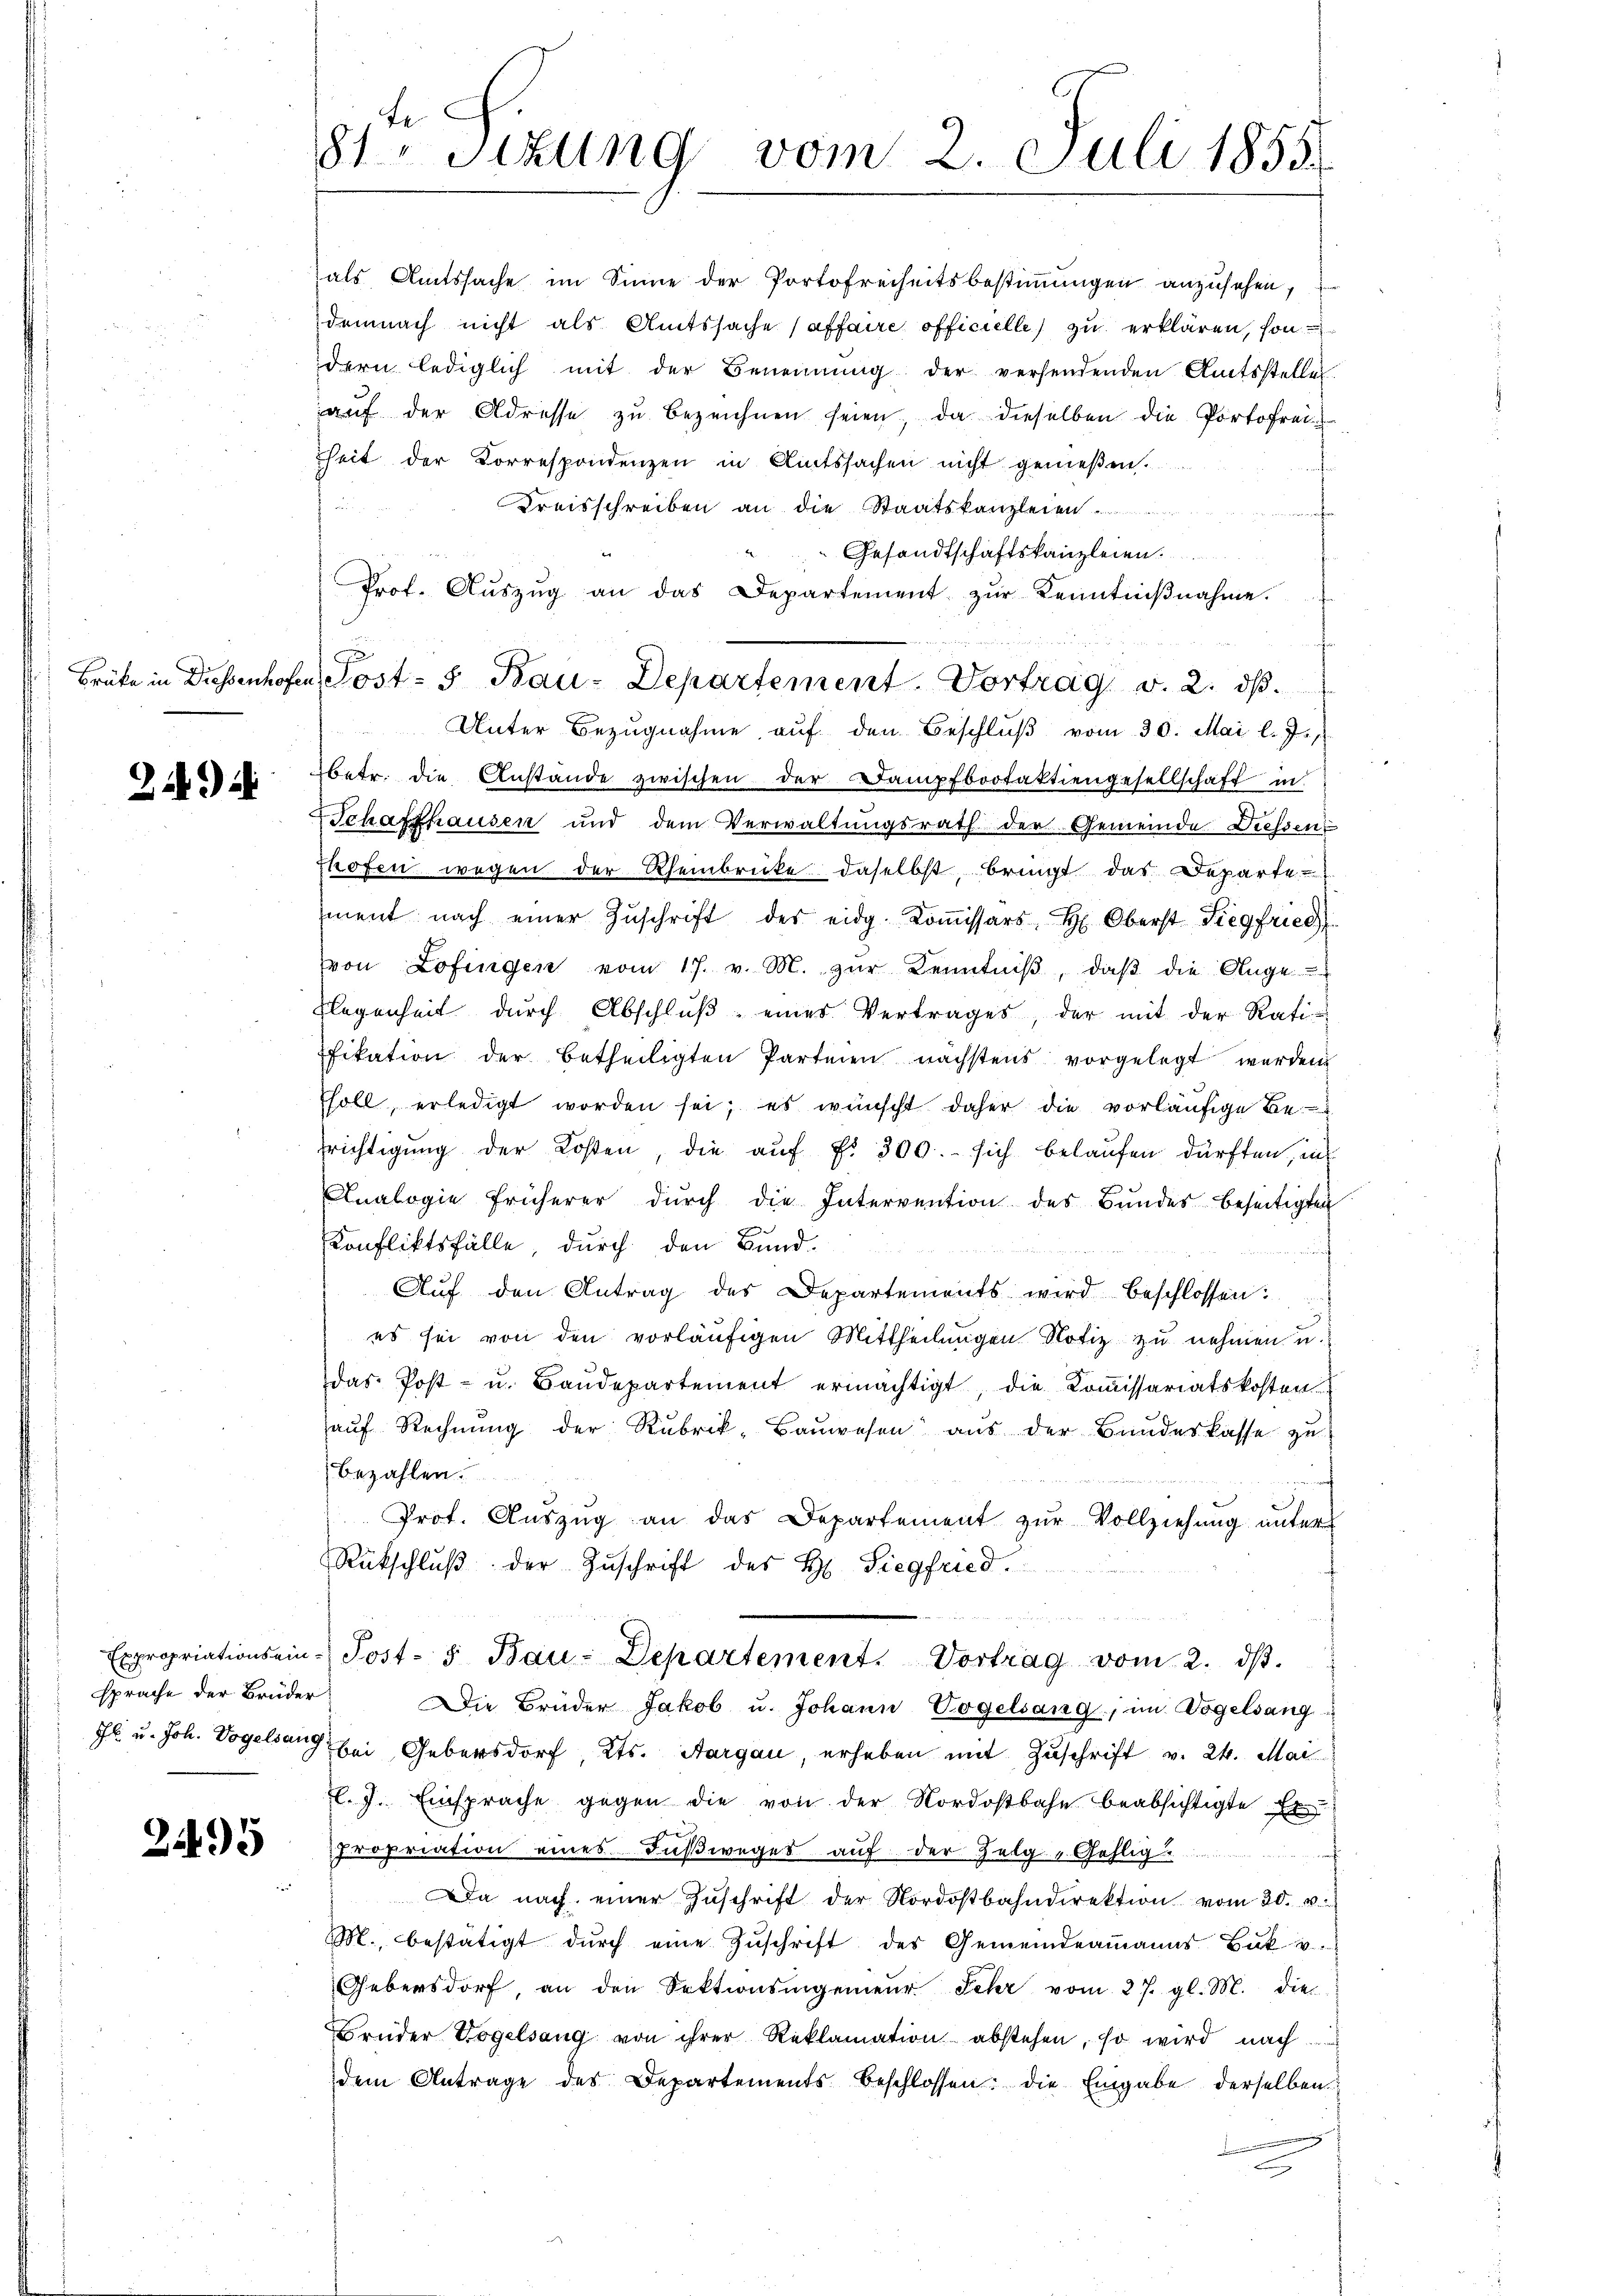
24.

sprache der Brüder

2495

te
81 Sizung vom 2. Juli 1855.

als Amtssache im Sinne der Portofreiheitsbestimmungen anzusehen,
demnach nicht als Amtssache (affaire officielle) zu erklären, sondern lediglich mit der Benennung der versendenden Amtsstelle
aŭf der Adresse zŭ bezeichnen seien, da dieselben die Portofrei
heit der Korrespondenzen in Amtssachen nicht genießen.
s
Kreisschreiben an die Staatskanzleien
Gesandtschaftskanzleien.
Prof. Aŭszŭg an das Departement zŭr Kenntniβnahme.
Unter Bezugnahme auf den Beschlŭβ vom 30. Mai l. J.
betr. die Anstände zwischen der Dampfbootaktiengesellschaft in
Schaffhausen und dem Verwaltungsrath der Gemeinde Diessen
thofen wegen der Rheinbrücke daselbst, bringt das Departe-
ment nach einer Zŭschrift der eidg. Koṁissärs H. Oberst Siegfried
von Lofingen vom 17. v. M. zŭr Kenntniβ, daβ die Ange
Regenheit dŭrch Abschlŭβ eines Vertrages, der mit der Rati
fikation der betheiligten Parteien nächstens vorgelegt werden
Esoll, erledigt worden sei; es wünscht daher die vorläufige Befrichtigung der Kosten, die auf §. 300. sich belaufen dürften, ins
Analogie früherer dŭrch die Intervention des Bundes beseitigten
Konfliktsfälle, durch den Bund.
Aŭf den Antrag des Departements wird beschlossen:
es sei von den vorläufigen Mittheilungen Notiz zu nehmen u.
das Post- u. Baŭdepartement ermächtigt, die Koṁissariatskosten
aŭf Rechnŭng der Rubrik- Baŭwesen aŭs der Bŭndeskasse zŭ
bezahlen.
Prot. Aŭszŭg an das Departement zŭr Vollziehung unter
Rückschlŭβ der Zŭschrift des H. Siegfried.

2
Expropriations ein-Post- & Bau-Departement. Vortrag vom 2. dβ.
Die Brüder Jakob u. Johann Vogelsang, im Vogelsang
Jl. u. Joh. Vogelsang bei Gebersdorf, Kts. Aargau, erheben mit Zuschrift v. 24. Mai
El. J. Einsprache gegen die von der Nordostbahn beabsichtigte Er-
Zuopriation eines Fußweges auf der Zelg-Gehlig
.
Da nach einer Zŭschrift der Nordostbahndirektion vom 20. v.
M. bestätigt dŭrch eine Zŭschrift des Gemeindeammanns Bŭt u.
Gebersdorf, an den Sektionsingenieŭr Jehr vom 27. gl. M. die
Brüder Vogelsang von ihrer Reklamation abstehen, so wird nach
dem Antrage des Departements beschlossen: die Eingabe derselben

Brüke in Diesenhofen Post- 5. Bau-Departement. Vortrag v. 2. dβ.